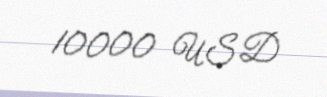
10000 USD